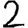
Digit: 2